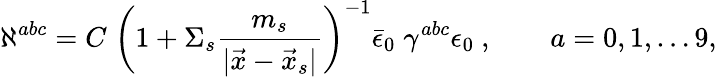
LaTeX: \aleph^{abc}=C\; \left(1+\Sigma_{s}{\frac{m_{s}}{|\vec{x}-\vec{x}_{s}|}}\right)^{-1}\bar{\epsilon}_{0}\; \gamma^{abc}\epsilon_{0}\ ,\qquad a=0,1,\dots 9,